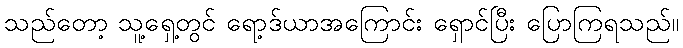
သည်တော့ သူ့ရှေ့တွင် ရော့ဒ်ယာအကြောင်း ရှောင်ပြီး ပြောကြရသည်။